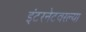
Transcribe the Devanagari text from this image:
इंटरनेटवरल्या